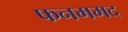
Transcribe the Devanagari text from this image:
फनममद